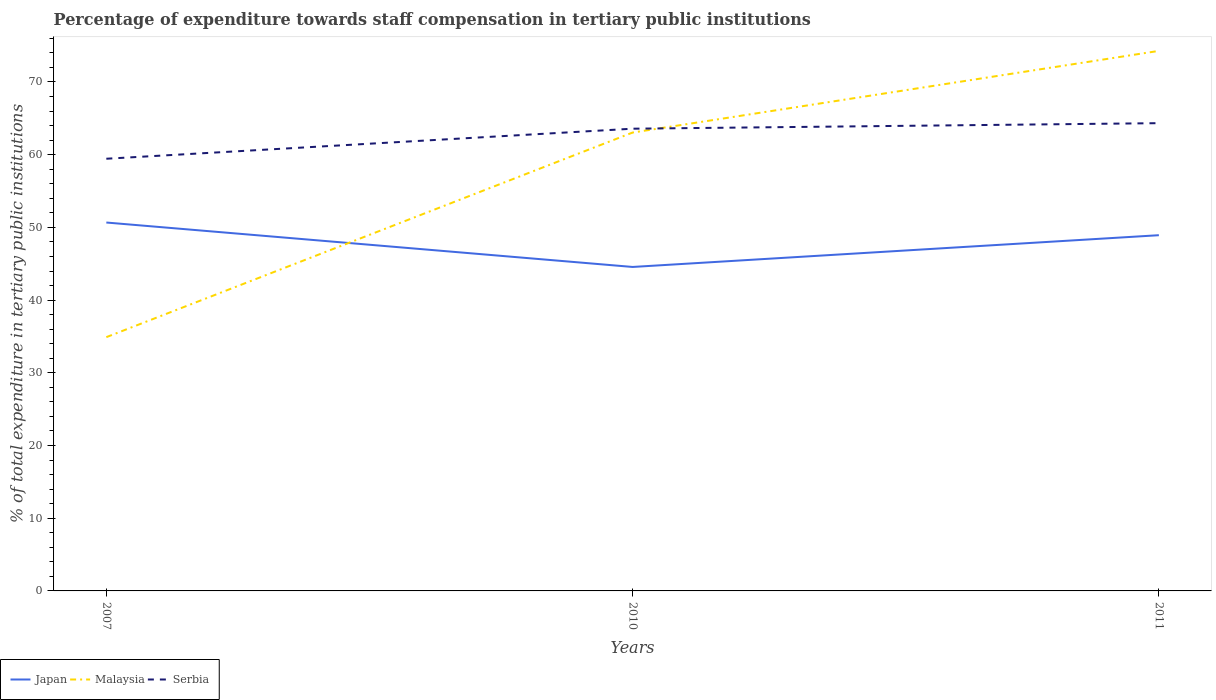
| Years | Japan | Malaysia | Serbia |
 | --- | --- | --- | --- |
 | 2007 | 50.7 | 34.9 | 59.4 |
 | 2010 | 44.6 | 63 | 63.6 |
 | 2011 | 48.9 | 74.3 | 64.3 |